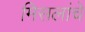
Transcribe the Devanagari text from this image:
मिसलांचे